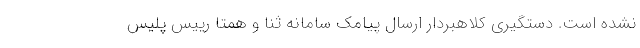
نشده است. دستگیری کلاهبردار ارسال پیامک سامانه ثنا و همتا رییس پلیس